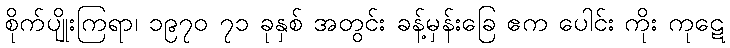
စိုက်ပျိုးကြရာ၊ ၁၉၇၀ ၇၁ ခုနှစ် အတွင်း ခန့်မှန်းခြေ ဧက ပေါင်း ကိုး ကုဋေ